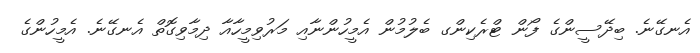
އެނގޭނެ. ބިދޭސީންގެ ފޯން ޓްރެކިންގ ބެލުމުން އެމީހުންނާއި މަރުވިމީހާއާ ދިމާވިގޮތް އެނގޭނެ. އެމީހުންގެ